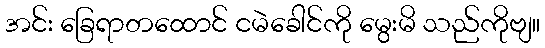
အင်း ခြေရာတထောင် ငမဲခေါင်ကို မွေးမိ သည်ကိုဗျ။